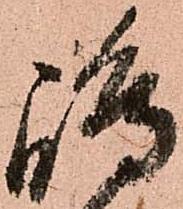
嶋